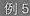
他最后-次记录的数字为\underline。